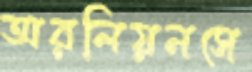
অরলিয়নসে